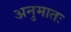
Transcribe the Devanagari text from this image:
अनुमातः